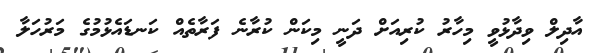
އާދިލް ވިދާޅުވީ މިހާރު ކުރިއަށް ދަނީ މިކަން ކުރާނެ ފަރާތެއް ކަނޑައެޅުމުގެ މަރުހަލާ